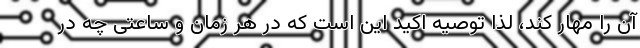
آن را مهار کند، لذا توصیه اکید این است که در هر زمان و ساعتی چه در